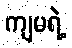
ကျမရဲ့